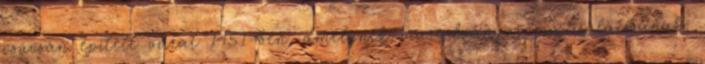
csúcsán épített várat 1451-ben, amelynek maradványai ma is látszanak.